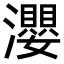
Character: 瀴